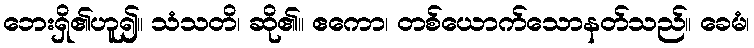
ဘေးရှိ၏ဟူ၍။ သံသတိ၊ ဆို၏။ ဧကော၊ တစ်ယောက်သောနတ်သည်။ ခေမံ၊